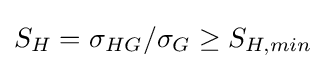
S_{H}=\sigma _{HG}/\sigma _{G}\geq S_{H,min}